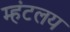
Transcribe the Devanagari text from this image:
म्हंटलय